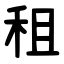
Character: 租